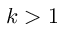
k > 1